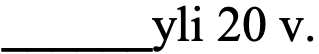
______yli 20 v.